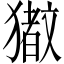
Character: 𬍆